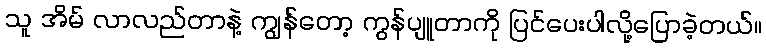
သူ အိမ် လာလည်တာနဲ့ ကျွန်တော့ ကွန်ပျူတာကို ပြင်ပေးပါလို့ပြောခဲ့တယ်။